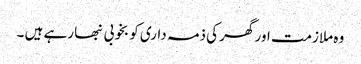
وہ ملازمت اور گھر کی ذمہ داری کو بخوبی نبھا رہے ہیں ۔